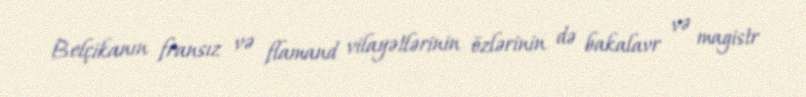
Belçikanın fransız və flamand vilayətlərinin özlərinin də bakalavr və magistr